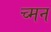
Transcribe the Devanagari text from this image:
च्मन